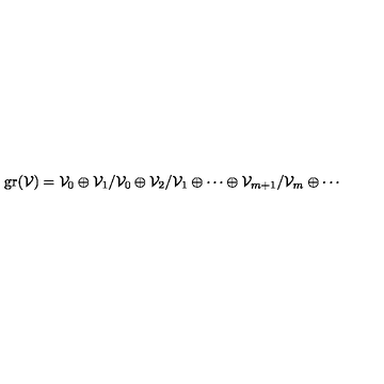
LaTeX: \mathrm { g r } ( { \cal V } ) = { \cal V } _ { 0 } \oplus { \cal V } _ { 1 } / { \cal V } _ { 0 } \oplus { \cal V } _ { 2 } / { \cal V } _ { 1 } \oplus \cdots \oplus { \cal V } _ { m + 1 } / { \cal V } _ { m } \oplus \cdots